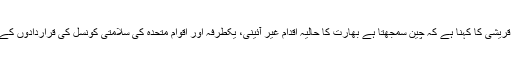
شاہ محمود قریشی کا کہنا ہے کہ چین سمجھتا ہے بھارت کا حالیہ اقدام غیر آئینی، یکطرفہ اور اقوام متحدہ کی سلامتی کونسل کی قراردادوں کے منافی ہے۔